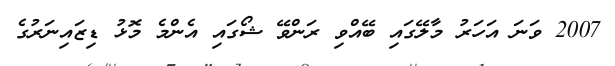
2007 ވަނަ އަހަރު މާލޭގައި ބޭއްވި ރަންވޭ ޝޯގައި އެންމެ މޮޅު ޑިޒައިނަރުގެ